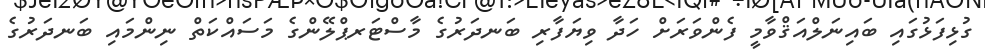
ގުޅިފަޅުގައި ބައިނަލްއަޤްވާމީ ފެންވަރަށް ހަދާ ވިޔަފާރި ބަނދަރުގެ މާސްޓަރޕްލޭންގެ މަސައްކަތް ނިންމައި ބަނދަރުގެ